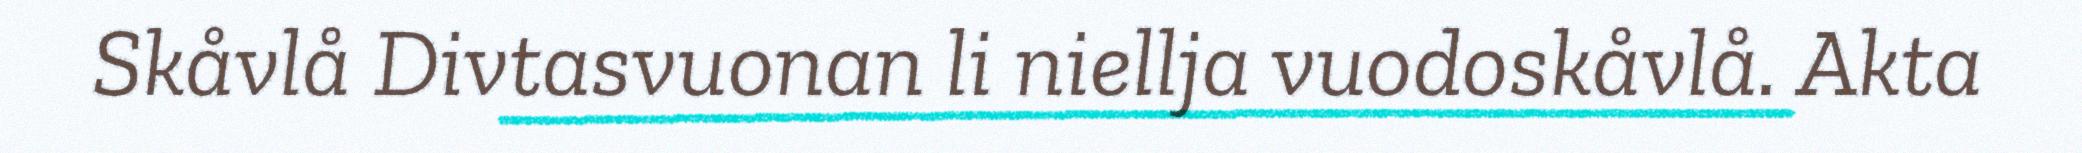
Skåvlå Divtasvuonan li niellja vuodoskåvlå. Akta